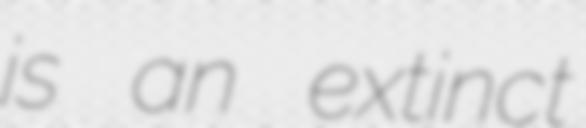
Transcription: is an extinct